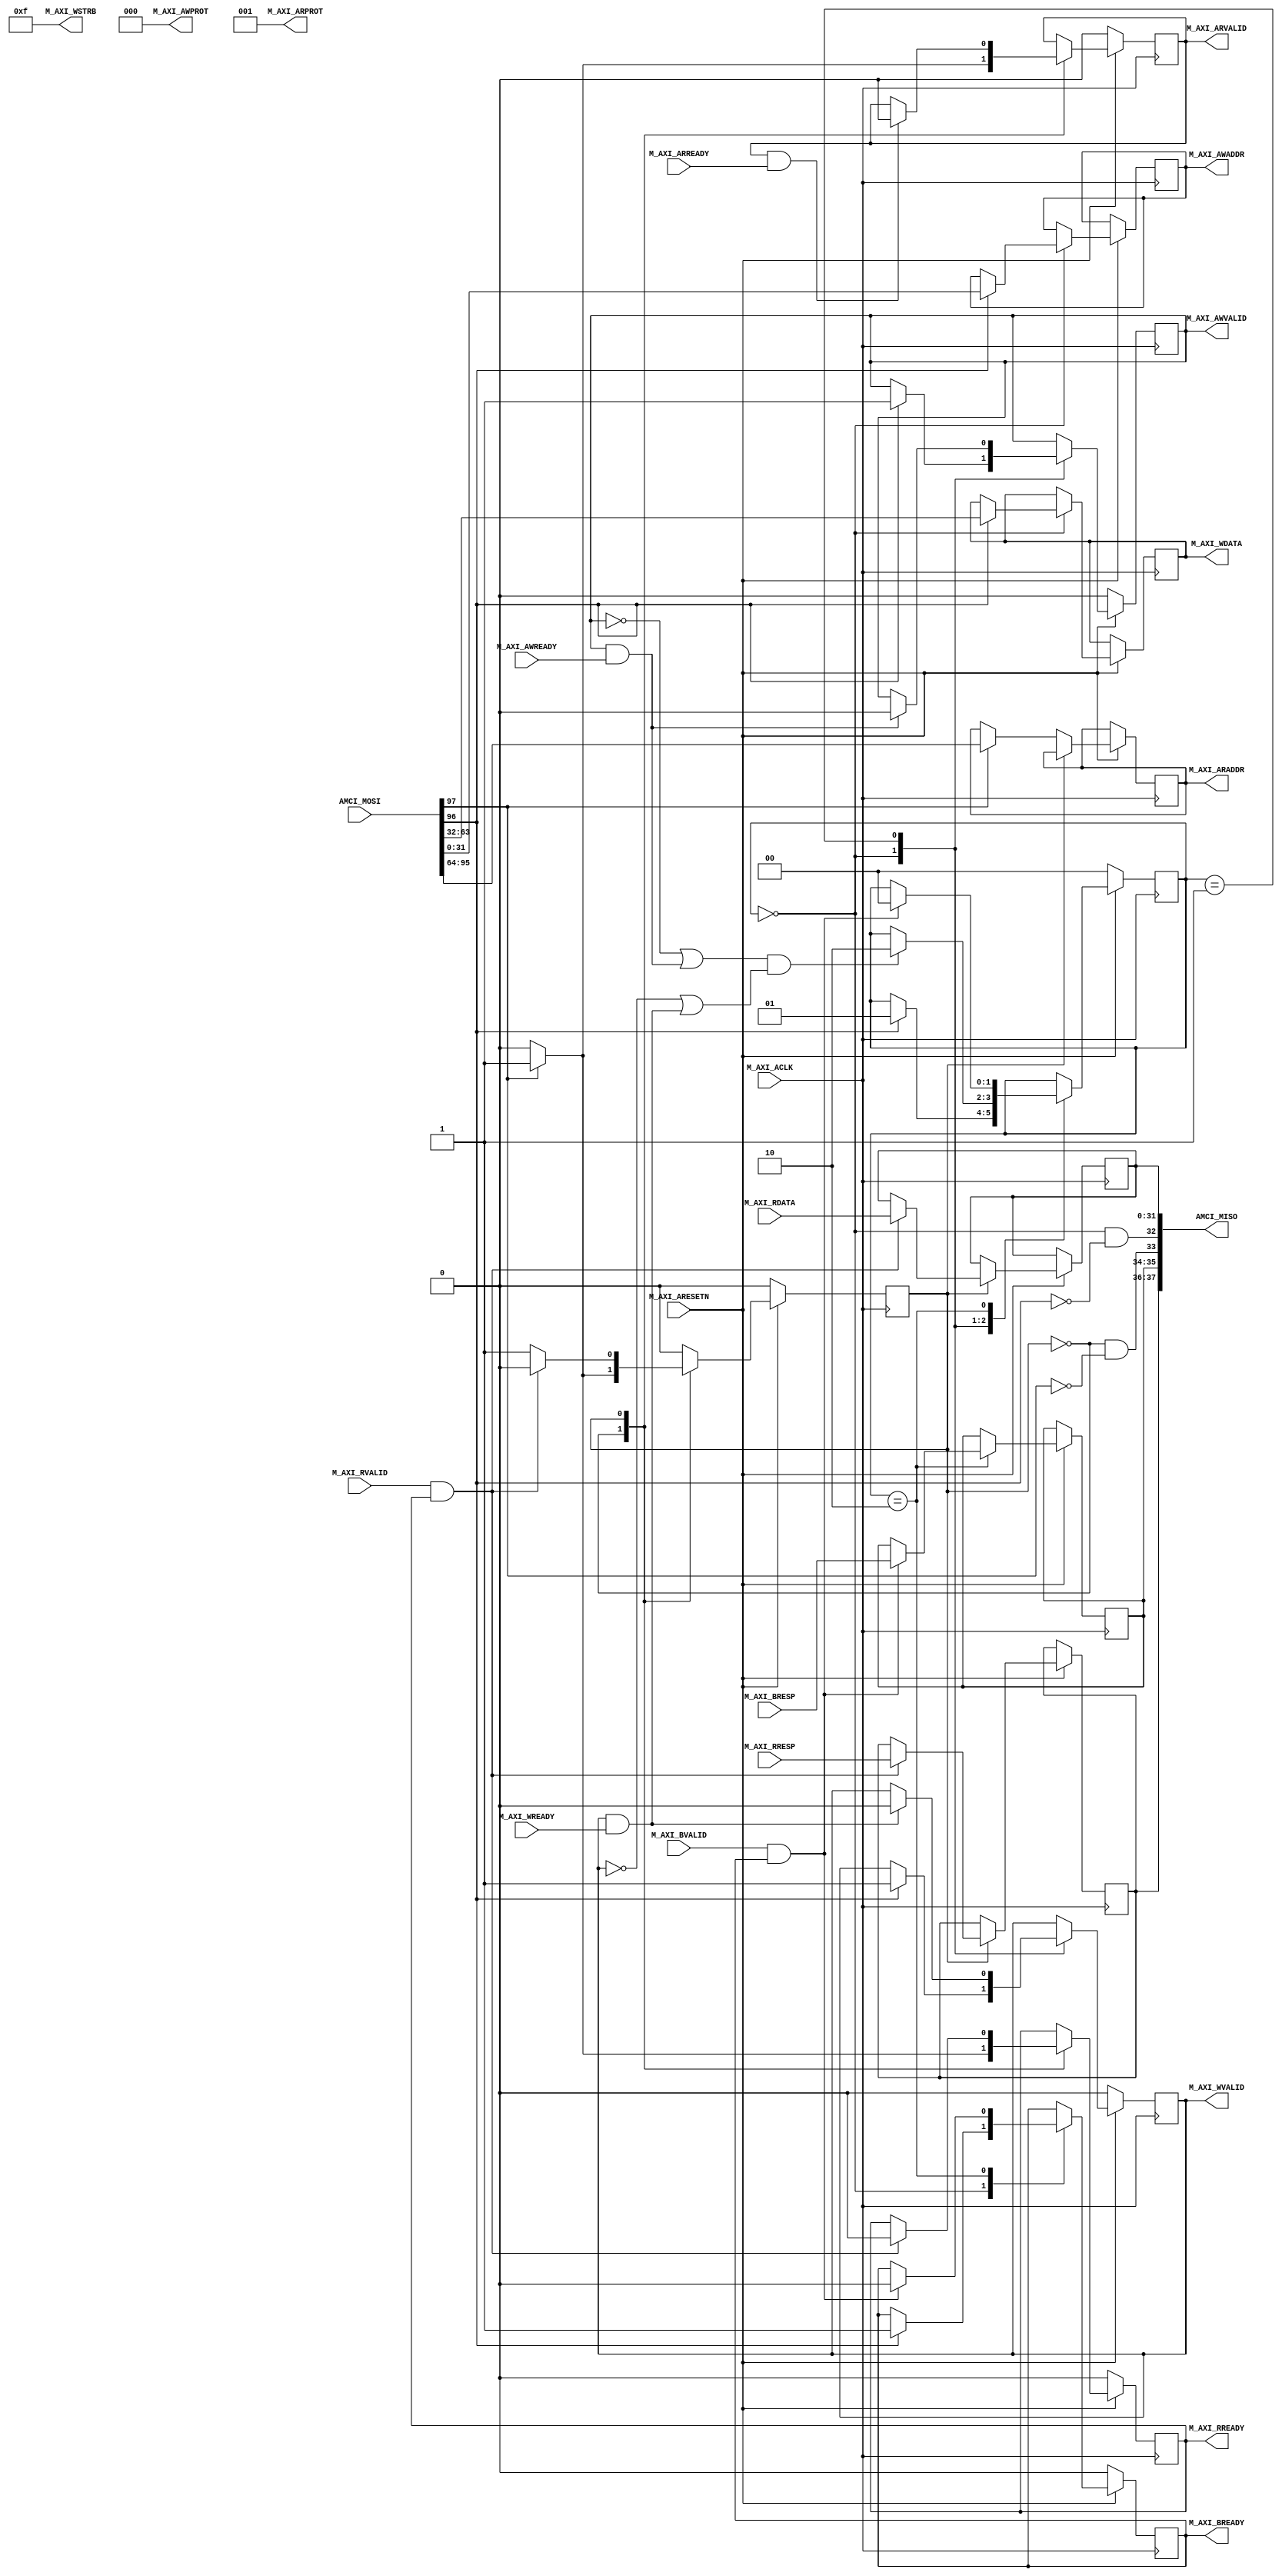
`timescale 1ns / 1ps

//====================================================================================
//                        ------->  Revision History  <------
//====================================================================================
//
//   Date     Who   Ver  Changes
//====================================================================================
// 10-May-22  DWW  1000  Initial creation
//====================================================================================


module axi4_lite_master#
(
    parameter integer AXI_DATA_WIDTH = 32,
    parameter integer AXI_ADDR_WIDTH = 32
)
(
    //============================ The AMCI interface ==========================
    input  wire[97:0] AMCI_MOSI,    // AMCI Master Out, Slave In
    output wire[37:0] AMCI_MISO,    // AMCI Master In, Slave Out
    //==========================================================================
    

    //================ From here down is the AXI4-Lite interface ===============
    input wire  M_AXI_ACLK,
    input wire  M_AXI_ARESETN,
        
    // "Specify write address"              -- Master --    -- Slave --
    output wire [AXI_ADDR_WIDTH-1 : 0]      M_AXI_AWADDR,   
    output wire                             M_AXI_AWVALID,  
    input  wire                                             M_AXI_AWREADY,
    output wire  [2 : 0]                    M_AXI_AWPROT,

    // "Write Data"                         -- Master --    -- Slave --
    output wire [AXI_DATA_WIDTH-1 : 0]      M_AXI_WDATA,      
    output wire                             M_AXI_WVALID,
    output wire [(AXI_DATA_WIDTH/8)-1:0]    M_AXI_WSTRB,
    input  wire                                             M_AXI_WREADY,

    // "Send Write Response"                -- Master --    -- Slave --
    input  wire [1 : 0]                                     M_AXI_BRESP,
    input  wire                                             M_AXI_BVALID,
    output wire                             M_AXI_BREADY,

    // "Specify read address"               -- Master --    -- Slave --
    output wire [AXI_ADDR_WIDTH-1 : 0]      M_AXI_ARADDR,     
    output wire                             M_AXI_ARVALID,
    output wire [2 : 0]                     M_AXI_ARPROT,     
    input  wire                                             M_AXI_ARREADY,

    // "Read data back to master"           -- Master --    -- Slave --
    input  wire [AXI_DATA_WIDTH-1 : 0]                      M_AXI_RDATA,
    input  wire                                             M_AXI_RVALID,
    input  wire [1 : 0]                                     M_AXI_RRESP,
    output wire                             M_AXI_RREADY
    //==========================================================================

);

    localparam AXI_DATA_BYTES = (AXI_DATA_WIDTH/8);

    // Define the handshakes for all 5 AXI channels
    wire B_HANDSHAKE  = M_AXI_BVALID  & M_AXI_BREADY;
    wire R_HANDSHAKE  = M_AXI_RVALID  & M_AXI_RREADY;
    wire W_HANDSHAKE  = M_AXI_WVALID  & M_AXI_WREADY;
    wire AR_HANDSHAKE = M_AXI_ARVALID & M_AXI_ARREADY;
    wire AW_HANDSHAKE = M_AXI_AWVALID & M_AXI_AWREADY;

    //=========================================================================================================
    // FSM logic used for writing to the slave device.
    //
    //  To start:   amci_waddr = Address to write to
    //              amci_wdata = Data to write at that address
    //              amci_write = Pulsed high for one cycle
    //
    //  At end:     Write is complete when "amci_widle" goes high
    //              amci_wresp = AXI_BRESP "write response" signal from slave
    //=========================================================================================================
    reg[1:0]                    write_state = 0;

    // FSM user interface inputs
    reg[AXI_ADDR_WIDTH-1:0]     amci_waddr;
    reg[AXI_DATA_WIDTH-1:0]     amci_wdata;
    reg                         amci_write;

    // FSM user interface outputs
    wire                        amci_widle = (write_state == 0 && amci_write == 0);     
    reg[1:0]                    amci_wresp;

    // AXI registers and outputs
    reg[AXI_ADDR_WIDTH-1:0]     m_axi_awaddr;
    reg[AXI_DATA_WIDTH-1:0]     m_axi_wdata;
    reg                         m_axi_awvalid = 0;
    reg                         m_axi_wvalid = 0;
    reg                         m_axi_bready = 0;

    // Wire up the AXI interface outputs
    assign M_AXI_AWADDR  = m_axi_awaddr;
    assign M_AXI_WDATA   = m_axi_wdata;
    assign M_AXI_AWVALID = m_axi_awvalid;
    assign M_AXI_WVALID  = m_axi_wvalid;
    assign M_AXI_AWPROT  = 3'b000;
    assign M_AXI_WSTRB   = (1 << AXI_DATA_BYTES) - 1; // usually 4'b1111
    assign M_AXI_BREADY  = m_axi_bready;
    //=========================================================================================================
     
    always @(posedge M_AXI_ACLK) begin

        // If we're in RESET mode...
        if (M_AXI_ARESETN == 0) begin
            write_state   <= 0;
            m_axi_awvalid <= 0;
            m_axi_wvalid  <= 0;
            m_axi_bready  <= 0;
        end        
        
        // Otherwise, we're not in RESET and our state machine is running
        else case (write_state)
            
            // Here we're idle, waiting for someone to raise the 'amci_write' flag.  Once that happens,
            // we'll place the user specified address and data onto the AXI bus, along with the flags that
            // indicate that the address and data values are valid
            0:  if (amci_write) begin
                    m_axi_awaddr    <= amci_waddr;  // Place our address onto the bus
                    m_axi_wdata     <= amci_wdata;  // Place our data onto the bus
                    m_axi_awvalid   <= 1;           // Indicate that the address is valid
                    m_axi_wvalid    <= 1;           // Indicate that the data is valid
                    m_axi_bready    <= 1;           // Indicate that we're ready for the slave to respond
                    write_state     <= 1;           // On the next clock cycle, we'll be in the next state
                end
                
           // Here, we're waiting around for the slave to acknowledge our request by asserting M_AXI_AWREADY
           // and M_AXI_WREADY.  Once that happens, we'll de-assert the "valid" lines.  Keep in mind that we
           // don't know what order AWREADY and WREADY will come in, and they could both come at the same
           // time.      
           1:   begin   
                    // Keep track of whether we have seen the slave raise AWREADY or WREADY
                    if (AW_HANDSHAKE) m_axi_awvalid <= 0;
                    if (W_HANDSHAKE ) m_axi_wvalid  <= 0;

                    // If we've seen AWREADY (or if its raised now) and if we've seen WREADY (or if it's raised now)...
                    if ((~m_axi_awvalid || AW_HANDSHAKE) && (~m_axi_wvalid || W_HANDSHAKE)) begin
                        write_state <= 2;
                    end
                end
                
           // Wait around for the slave to assert "M_AXI_BVALID".  When it does, we'll save the 
           // write-response, lower M_AXI_BREADY, and go back to waiting for a start signal
           2:   if (B_HANDSHAKE) begin
                    amci_wresp   <= M_AXI_BRESP;
                    m_axi_bready <= 0;
                    write_state  <= 0;
                end

        endcase
    end
    //=========================================================================================================





    //=========================================================================================================
    // FSM logic used for reading from a slave device.
    //
    //  To start:   amci_raddr = Address to read from
    //              amci_read  = Pulsed high for one cycle
    //
    //  At end:   Read is complete when "amci_ridle" goes high.
    //            amci_rdata = The data that was read
    //            amci_rresp = The AXI "read response" that is used to indicate success or failure
    //=========================================================================================================
    reg                         read_state = 0;

    // FSM user interface inputs
    reg[AXI_ADDR_WIDTH-1:0]     amci_raddr;
    reg                         amci_read;

    // FSM user interface outputs
    reg[AXI_DATA_WIDTH-1:0]     amci_rdata;
    reg[1:0]                    amci_rresp;
    wire                        amci_ridle = (read_state == 0 && amci_read == 0);     

    // AXI registers and outputs
    reg[AXI_ADDR_WIDTH-1:0]     m_axi_araddr;
    reg                         m_axi_arvalid = 0;
    reg                         m_axi_rready;

    // Wire up the AXI interface outputs
    assign M_AXI_ARADDR  = m_axi_araddr;
    assign M_AXI_ARVALID = m_axi_arvalid;
    assign M_AXI_ARPROT  = 3'b001;
    assign M_AXI_RREADY  = m_axi_rready;
    //=========================================================================================================
    always @(posedge M_AXI_ACLK) begin
         
        if (M_AXI_ARESETN == 0) begin
            read_state    <= 0;
            m_axi_arvalid <= 0;
            m_axi_rready  <= 0;
        end else case (read_state)

            // Here we are waiting around for someone to raise "amci_read", which signals us to begin
            // a AXI read at the address specified in "amci_raddr"
            0:  if (amci_read) begin
                    m_axi_araddr  <= amci_raddr;
                    m_axi_arvalid <= 1;
                    m_axi_rready  <= 1;
                    read_state    <= 1;
                end else begin
                    m_axi_arvalid <= 0;
                    m_axi_rready  <= 0;
                    read_state    <= 0;
                end
            
            // Wait around for the slave to raise M_AXI_RVALID, which tells us that M_AXI_RDATA
            // contains the data we requested
            1:  begin
                    if (AR_HANDSHAKE) begin
                        m_axi_arvalid <= 0;
                    end

                    if (R_HANDSHAKE) begin
                        amci_rdata    <= M_AXI_RDATA;
                        amci_rresp    <= M_AXI_RRESP;
                        m_axi_rready  <= 0;
                        read_state    <= 0;
                    end
                end

        endcase
    end
    //=========================================================================================================


    //<><><><><><><><><><><><><><><><><><><><><><><><><><><><><><><><><><><><><><><><><><><><><><><><><><><><><    
    //<><><><><><><><><><><><><><><><><><><><><><><><><><><><><><><><><><><><><><><><><><><><><><><><><><><><><    
    //  Below, we're going to wire the "amci_xxx" half of the interface to the input and output ports of
    //  this module.   If you want to adapt this module to use custom drive logic (instead of using it as a
    //  stand-alone AXI bus-master module), remove the wiring below, remove the AMCI ports from this module's
    //  port list, and add your own custom logic below to drive the "amci" registers.
    //<><><><><><><><><><><><><><><><><><><><><><><><><><><><><><><><><><><><><><><><><><><><><><><><><><><><><    
    //<><><><><><><><><><><><><><><><><><><><><><><><><><><><><><><><><><><><><><><><><><><><><><><><><><><><><    


    //=========================================================================================================
    // Break out the AMCI_MISO and AMCI_MISO interfaces into discrete ports
    //=========================================================================================================
    localparam AMCI_WADDR_OFFSET = 0;   localparam pa1 = AMCI_WADDR_OFFSET + AXI_ADDR_WIDTH;
    localparam AMCI_WDATA_OFFSET = pa1; localparam pa2 = AMCI_WDATA_OFFSET + AXI_DATA_WIDTH;
    localparam AMCI_RADDR_OFFSET = pa2; localparam pa3 = AMCI_RADDR_OFFSET + AXI_ADDR_WIDTH;
    localparam AMCI_WRITE_OFFSET = pa3; localparam pa4 = AMCI_WRITE_OFFSET + 1;
    localparam AMCI_READ_OFFSET  = pa4; localparam pa5 = AMCI_READ_OFFSET  + 1;

    localparam AMCI_RDATA_OFFSET = 0;   localparam pb1 = AMCI_RDATA_OFFSET + AXI_DATA_WIDTH;
    localparam AMCI_WIDLE_OFFSET = pb1; localparam pb2 = AMCI_WIDLE_OFFSET + 1;
    localparam AMCI_RIDLE_OFFSET = pb2; localparam pb3 = AMCI_RIDLE_OFFSET + 1;
    localparam AMCI_WRESP_OFFSET = pb3; localparam pb4 = AMCI_WRESP_OFFSET + 2;
    localparam AMCI_RRESP_OFFSET = pb4; localparam pb5 = AMCI_RRESP_OFFSET + 2;
    //=========================================================================================================


    //=========================================================================================================
    // Wire the "write-to-slave" FSM inputs and outputs to the module ports
    //=========================================================================================================
    always @(*) begin
        amci_waddr <= AMCI_MOSI[AMCI_WADDR_OFFSET +: AXI_ADDR_WIDTH];
        amci_wdata <= AMCI_MOSI[AMCI_WDATA_OFFSET +: AXI_DATA_WIDTH];
        amci_write <= AMCI_MOSI[AMCI_WRITE_OFFSET +: 1             ];
    end
    assign AMCI_MISO[AMCI_WIDLE_OFFSET +: 1] = amci_widle; 
    assign AMCI_MISO[AMCI_WRESP_OFFSET +: 2] = amci_wresp;
    //=========================================================================================================

    //=========================================================================================================
    // Wire the "read-from-slave" FSM inputs and outputs to the module ports
    //=========================================================================================================
    always @(*) begin
        amci_raddr <= AMCI_MOSI[AMCI_RADDR_OFFSET +: AXI_ADDR_WIDTH];
        amci_read  <= AMCI_MOSI[AMCI_READ_OFFSET  +: 1             ];
    end 
    
    assign AMCI_MISO[AMCI_RIDLE_OFFSET +: 1             ] = amci_ridle; 
    assign AMCI_MISO[AMCI_RRESP_OFFSET +: 2             ] = amci_rresp;
    assign AMCI_MISO[AMCI_RDATA_OFFSET +: AXI_DATA_WIDTH] = amci_rdata;
    //=========================================================================================================

endmodule